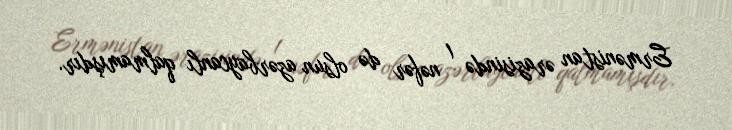
Ermənistan ərazisində 1 nəfər də olsun azərbaycanlı qalmamışdır.